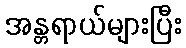
အန္တရာယ်များပြီး